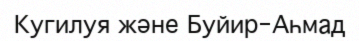
Кугилуя және Буйир-Аһмад